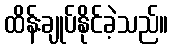
ထိန်းချုပ်နိုင်ခဲ့သည်။